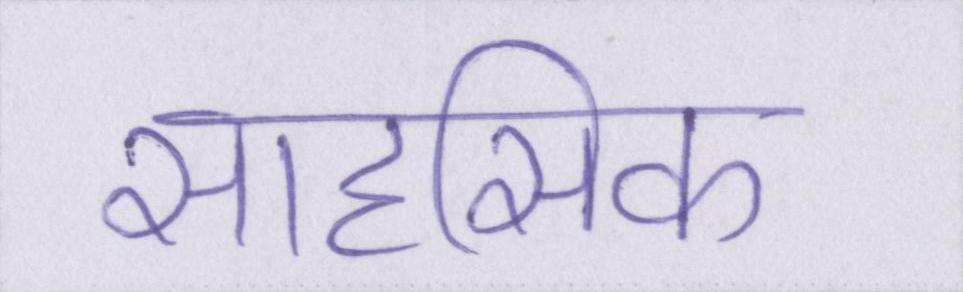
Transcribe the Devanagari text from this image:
साहसिक